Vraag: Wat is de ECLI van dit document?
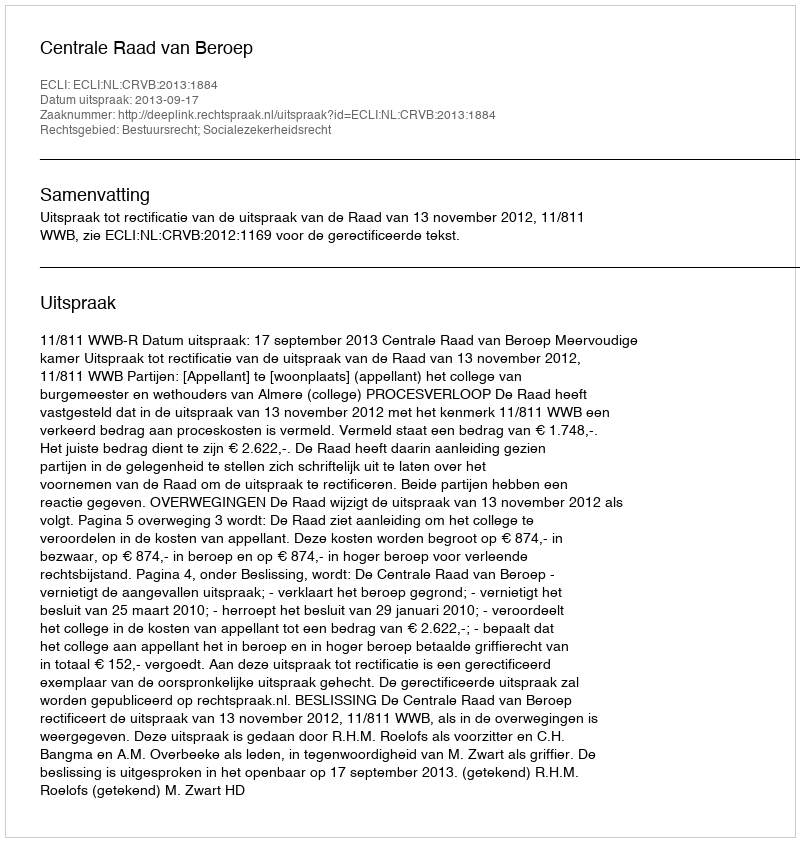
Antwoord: ECLI:NL:CRVB:2013:1884